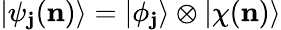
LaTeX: |\psi_{\mathbf{j}}(\mathbf{{n}})\rangle=|\phi_{\mathbf{j}}\rangle\otimes|\chi(\mathbf{{n}})\rangle